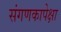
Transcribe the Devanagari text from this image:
संगणकापेक्षा